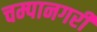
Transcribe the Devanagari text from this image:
चम्पानगरी